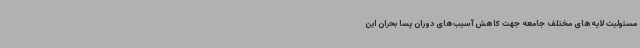
مسئولیت لایه‌های مختلف جامعه جهت کاهش آسیب‌های دوران پسا بحران این